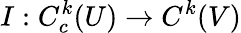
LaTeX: I:C_{c}^{k}(U)\to C^{k}(V)